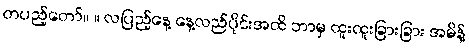
တပည့်တော်။ ။ လပြည့်နေ့ နေ့လည်ပိုင်းအထိ ဘာမှ ထူးထူးခြားခြား အမိန့်